Annual statistical returns and brief notes on vaccination in Bengal - 1909-1929
Year: 1909
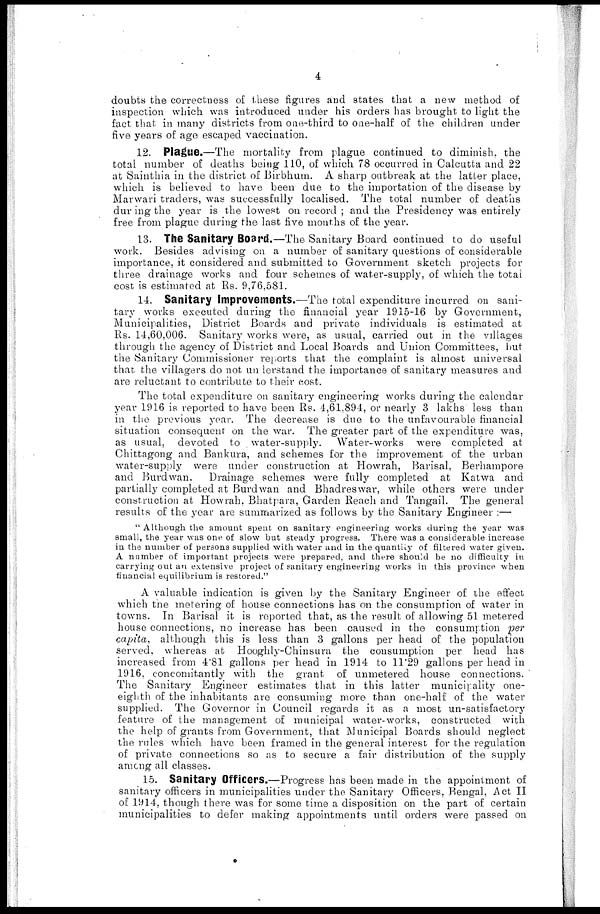
4
doubts the correctness of these figures and states that a new method of
inspection which was introduced under his orders has brought to light the
fact that in many districts from one-third to one-half of the children under
five years of age escaped vaccination.
12. Plague.—The mortality from plague continued to diminish, the
total number of deaths being 110, of which 78 occurred in Calcutta and 22
at Sainthia in the district of Birbhum. A sharp outbreak at the latter place,
which is believed to have been due to the importation of the disease by
Marwari traders, was successfully localised. The total number of deaths
during the year is the lowest on record ; and the Presidency was entirely
free from plague during the last five months of the year.
13. The Sanitary Board.—The Sanitary Board continued to do useful
work. Besides advising on a number of sanitary questions of considerable
importance, it considered and submitted to Government sketch projects for
three drainage works and four schemes of water-supply, of which the total
cost is estimated at Rs. 9,76,581.
14. Sanitary Improvements.—The total expenditure incurred on sani-
tary works executed during the financial year 1915-16 by Government,
Municipalities, District Boards and private individuals is estimated at
Rs. 14,60,006. Sanitary works were, as usual, carried out in the villages
through the agency of District and Local Boards and Union Committees, but
the Sanitary Commissioner reports that the complaint is almost universal
that the villagers do not understand the importance of sanitary measures and
are reluctant to contribute to their cost.
The total expenditure on sanitary engineering works during the calendar
year 1916 is reported to have been Rs. 4,61,894, or nearly 3 lakhs less than
in the previous year. The decrease is due to the unfavourable financial
situation consequent on the war. The greater part of the expenditure was,
as usual, devoted to water-supply. Water-works were completed at
Chittagong and Bankura, and schemes for the improvement of the urban
water-supply were under construction at Howrah, Barisal, Berhampore
and Burdwan.
Drainage schemes were fully completed at Katwa and
partially completed at Burdwan and Bhadreswar, while others were under
construction at Howrah, Bhatpara, Garden Reach and Tangail. The general
results of the year are summarized as follows by the Sanitary Engineer :—
" Although the amount spent on sanitary engineering works during the year was
small, the year was one of slow but steady progress. There was a considerable increase
in the number of persons supplied with water and in the quantity of filtered water given.
A number of important projects were prepared, and there should be no difficulty in
carrying out an extensive project of sanitary engineering works in this province when
financial equilibrium is restored."
A valuable indication is given by the Sanitary Engineer of the effect
which the metering of house connections has on the consumption of water in
towns. In Barisal it is reported that, as the result of allowing 51 metered
house connections, no increase has been caused in the consumption per
capita, although this is less than 3 gallons per head of the population
served, whereas at Hooghly-Chinsura the consumption per head has
increased from 4.81 gallons per head in 1914 to 11.29 gallons per head in
1916, concomitantly with the grant of unmetered house connections.
The Sanitary Engineer estimates that in this latter municipality one-
eighth of the inhabitants are consuming more than one-half of the water
supplied. The Governor in Council regards it as a most un-satisfactory
feature of the management of municipal water-works, constructed with
the help of grants from Government, that Municipal Boards should neglect
the rules which have been framed in the general interest for the regulation
of private connections so as to secure a fair distribution of the supply
among all classes.
15. Sanitary Officers.—Progress has been made in the appointment of
sanitary officers in municipalities under the Sanitary Officers, Bengal, Act II
of 1914, though there was for some time a disposition on the part of certain
municipalities to defer making appointments until orders were passed on